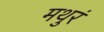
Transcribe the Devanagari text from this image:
मथुरं